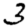
Digit: 3